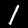
Digit: 1